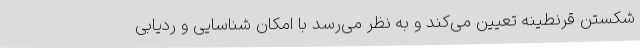
شکستن قرنطینه تعیین می‌کند و به نظر می‌رسد با امکان شناسایی و ردیابی